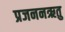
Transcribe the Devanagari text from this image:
प्रजननऋतु